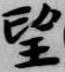
望